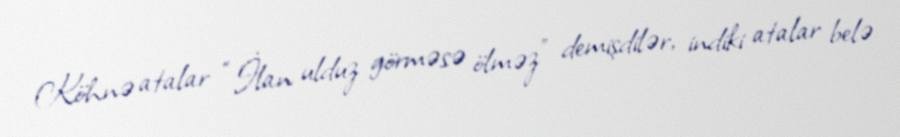
Köhnə atalar “İlan ulduz görməsə ölməz” demişdilər, indiki atalar belə